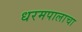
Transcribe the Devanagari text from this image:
धरमपालाचा